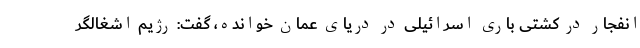
انفجار در کشتی باری اسرائیلی در دریای عمان خوانده، گفت: رژیم اشغالگر